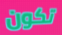
تكون